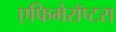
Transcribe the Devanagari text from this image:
एफिमेरॉप्टरा